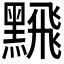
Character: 𫜛